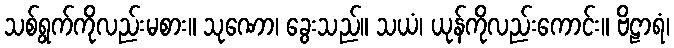
သစ်ရွက်ကိုလည်းမစား။ သုဏော၊ ခွေးသည်။ သယံ၊ ယုန်ကိုလည်းကောင်း။ ဗိဠာရံ၊